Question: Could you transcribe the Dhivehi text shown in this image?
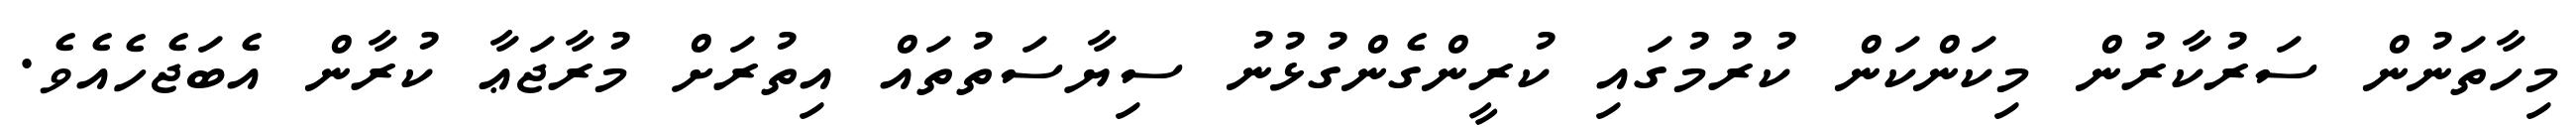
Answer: މިހާތަނުން ސަރުކާރުން މިކަންކަން ކުރުމުގައި ކުރީންގެންގުޅުނު ސިޔާސަތުތައް އިތުރަށް މުރާޖަޢާ ކުރާން އެބަޖެހެއެވެ.